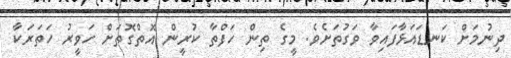
ދިނުމަށް ކަނޑައަޅާފައިވާ ވަގުތަށެވެ. މީގެ ތިން ހަފްތާ ކުރީން އޮތްގޮތަށް ހަވީރު ހަތަރަކާ